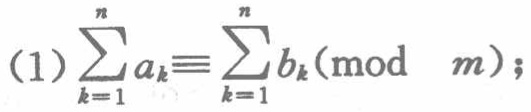
\((1)\sum_{k = 1}^{n}a_{k}\equiv\sum_{k = 1}^{n}b_{k}(\text{mod }m);\)